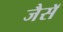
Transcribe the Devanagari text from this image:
जैसॅ